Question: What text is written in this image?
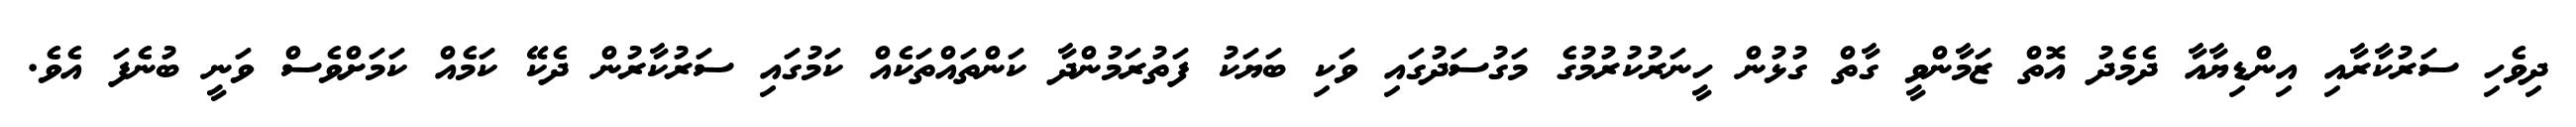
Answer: ދިވެހި ސަރުކާރާއި އިންޑިޔާއާ ދެމެދު އޮތް ޒަމާންވީ ގާތް ގުޅުން ހީނަރުކުރުމުގެ މަގުސަދުގައި ވަކި ބަޔަކު ފަތުރަމުންދާ ކަންތައްތަކެއް ކަމުގައި ސަރުކާރުން ދެކޭ ކަމެއް ކަމަށްވެސް ވަނީ ބުނެފަ އެވެ.